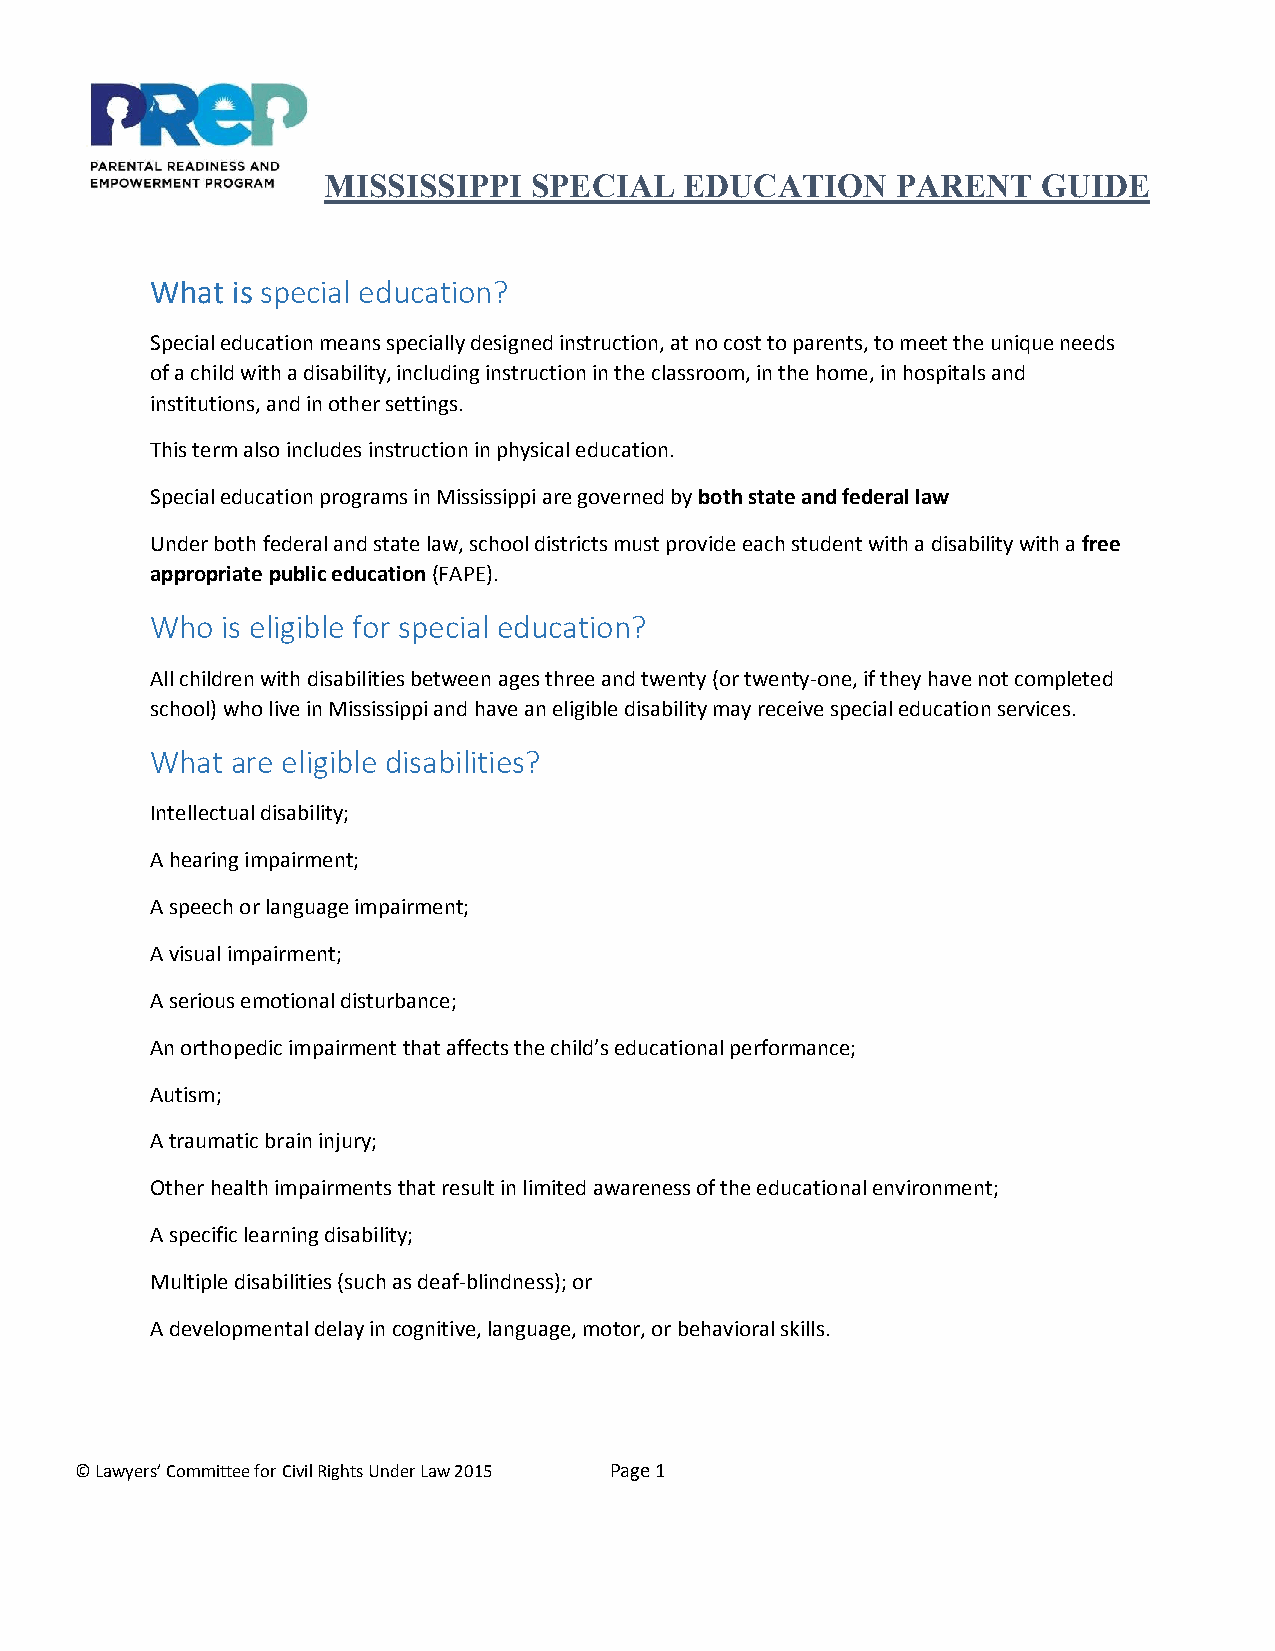
MISSISSIPPI   SPECIAL   EDUCATION     PARENT    GUIDE
 What is special education?
 Special education means specially designed instruction, at no cost to parents, to meet the unique needs
 of a child with a disability, including instruction in the classroom, in the home, in hospitals and
 institutions, and in other settings.
 This term also includes instruction in physical education.
 Special education programs in Mississippi are governed by both state and federal law
 Under both federal and state law, school districts must provide each student with a disability with a free
 appropriate public education (FAPE).
 Who  is eligible for special education?
 All children with disabilities between ages three and twenty (or twenty-one, if they have not completed
 school) who live in Mississippi and have an eligible disability may receive special education services.
 What are eligible disabilities?
 Intellectual disability;
 A hearing impairment;
 A speech or language impairment;
 A visual impairment;
 A serious emotional disturbance;
 An orthopedic impairment that affects the child’s educational performance;
 Autism;
 A traumatic brain injury;
 Other health impairments that result in limited awareness of the educational environment;
 A specific learning disability;
 Multiple disabilities (such as deaf-blindness); or
 A developmental delay in cognitive, language, motor, or behavioral skills.
 © Lawyers’ Committee for Civil Rights Under Law 2015 Page 1